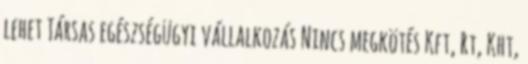
lehet Társas egészségügyi vállalkozás Nincs megkötés Kft, Rt, Kht,